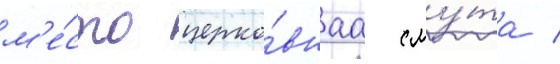
м'е́сто церко́внаа сму́та /